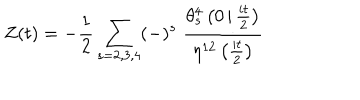
LaTeX: Z ( t ) = - { \frac { 1 } { 2 } } \sum _ { s = 2 , 3 , 4 } ( - ) ^ { s } \; { \frac { \theta _ { s } ^ { 4 } \left( 0 \left. \right| { \frac { i t } { 2 } } \right) } { \eta ^ { 1 2 } \left( { \frac { i t } { 2 } } \right) } }